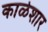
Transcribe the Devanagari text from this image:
काळेशार